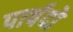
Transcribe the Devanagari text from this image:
पार्षदो